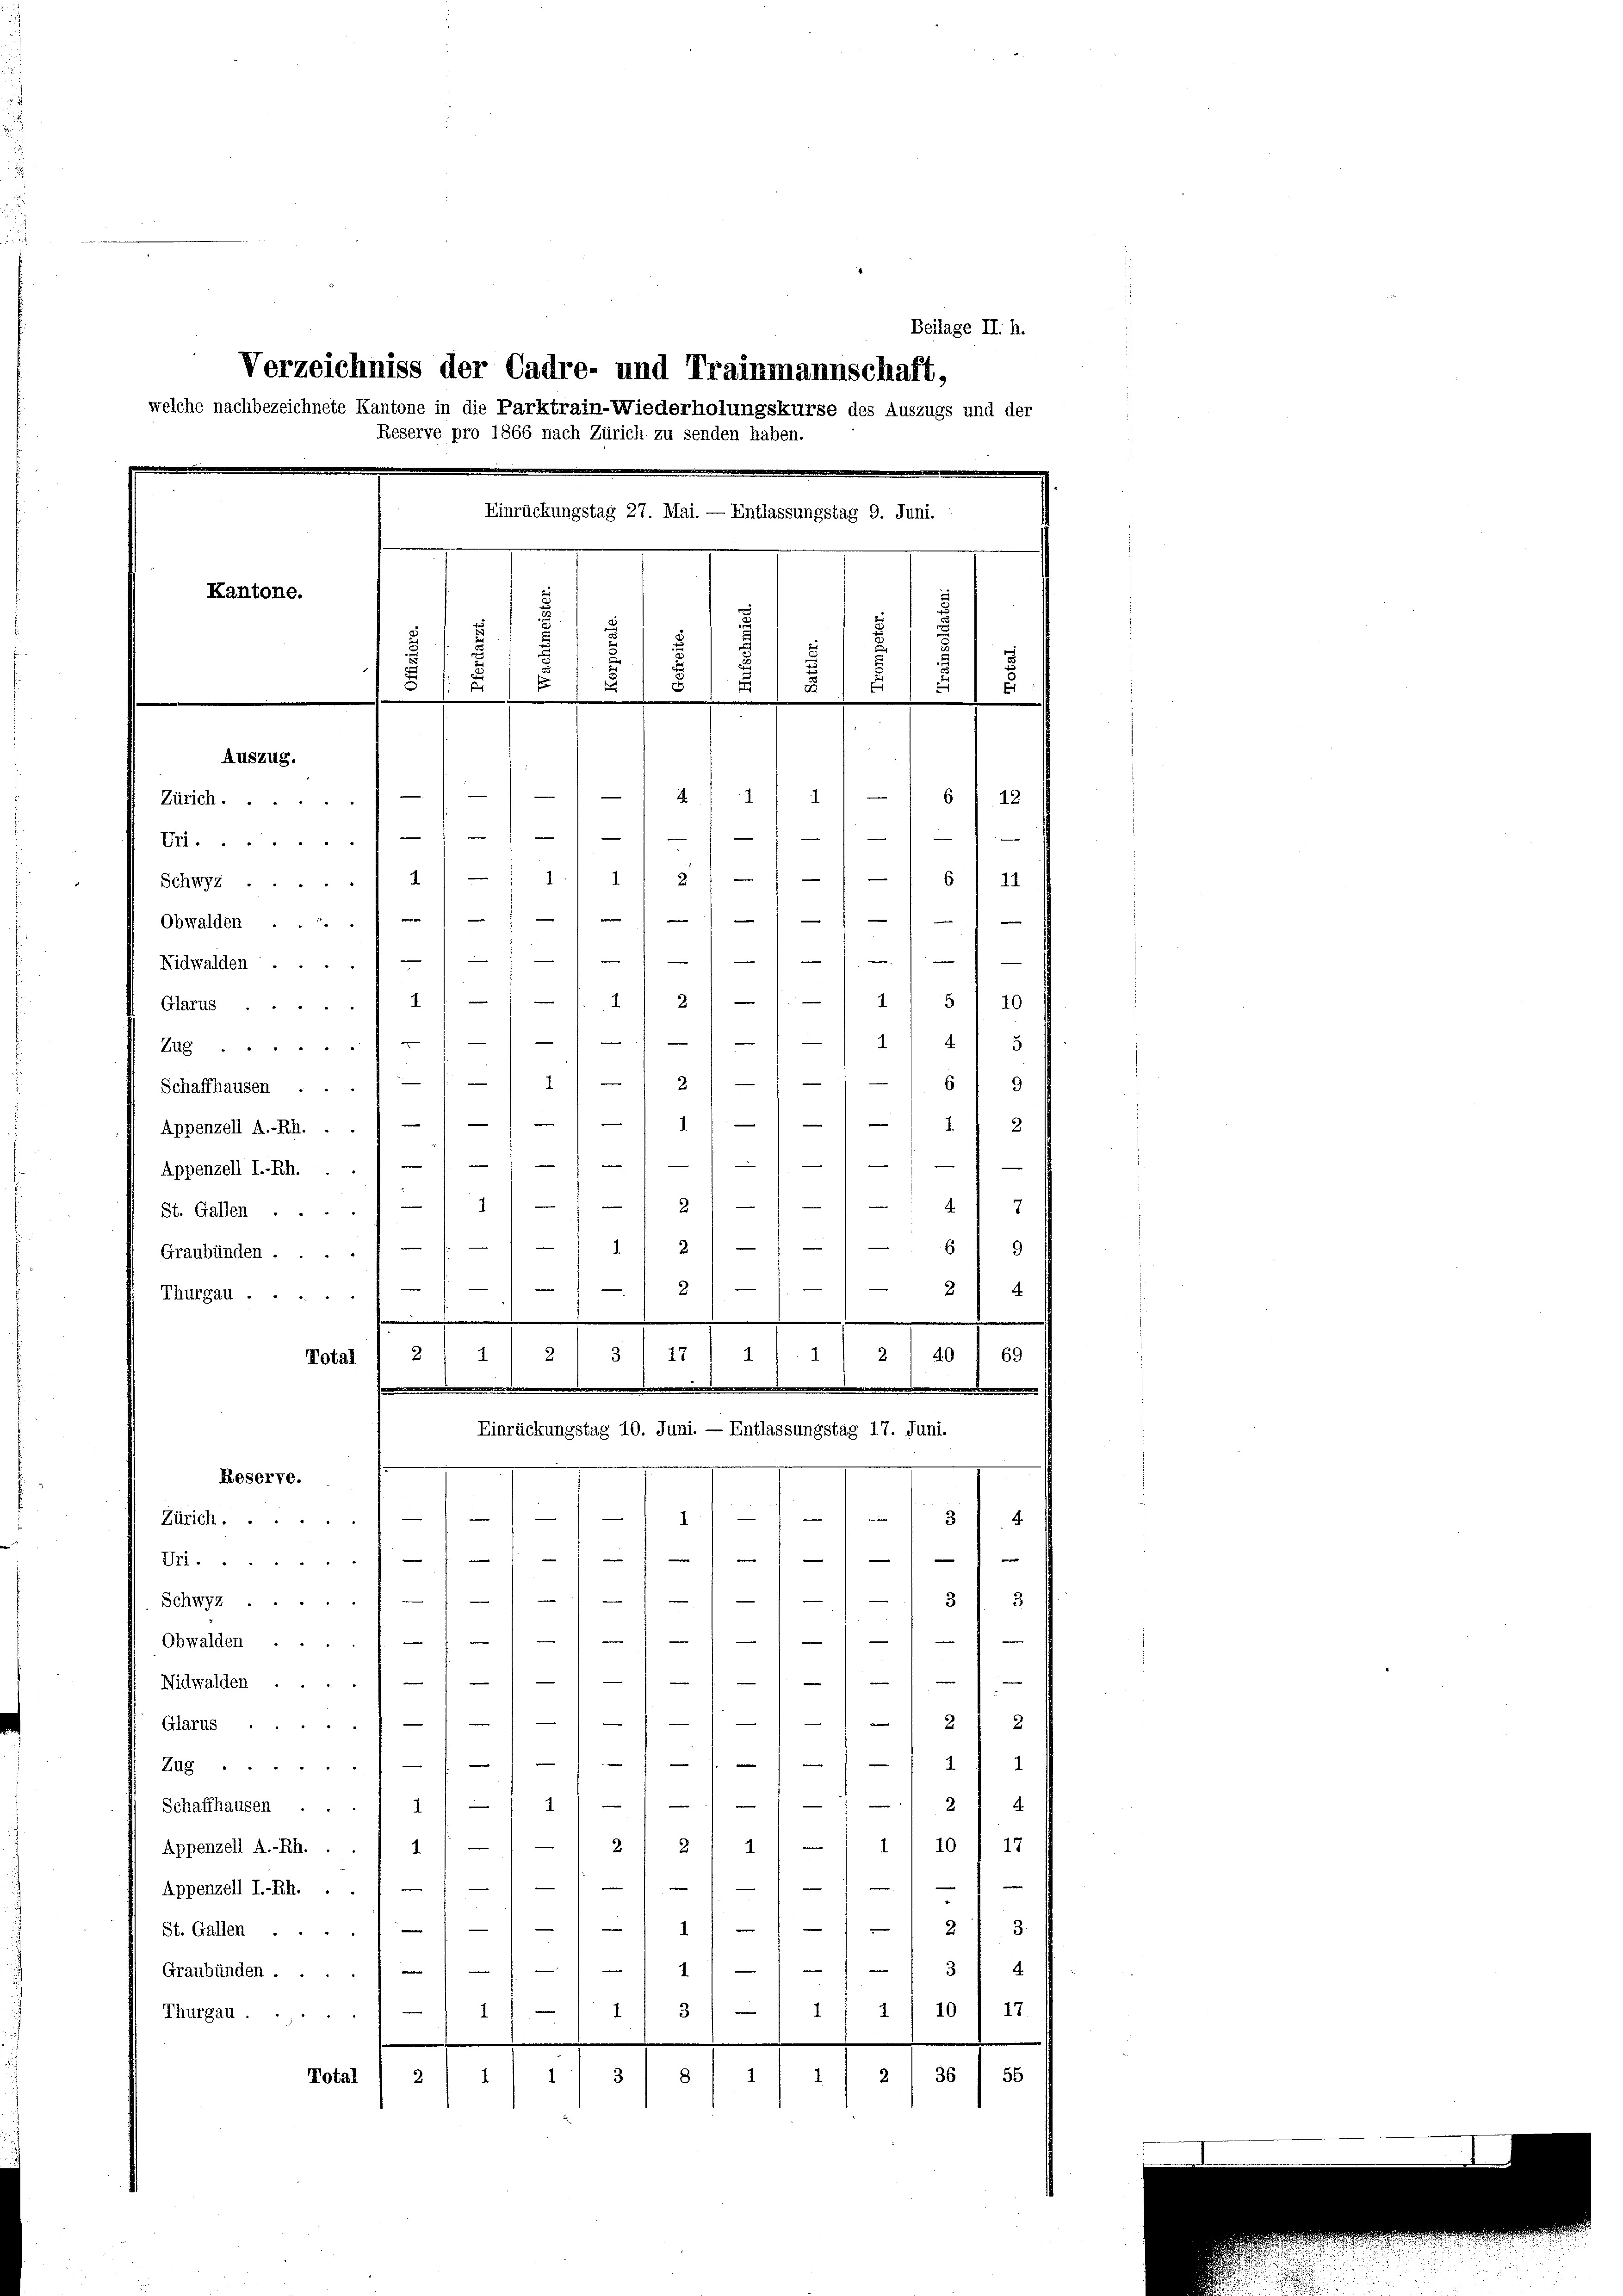
Einrückungstag 27. Mai. — Entlassungstag 9. Juni. :
Kantone.
d
s
s
u
d
s
u
5
8
.
2/2
2
Auszug.
4
44
6
12
Zürich
1
f
.
Uri....
6
1 § 1
11
Schwyz 1
1
e
m
Obwalden .....

Nidwalden
4.
2 / — 1. — 1 1/5 1 10
.
Glarus
2
/1 11 4. / 5
Zug.

Verzeichniss der Cadre- und Trainmannschaft,
welche nachbezeichnete Kantone in die Parktrain-Wiederholungskurse des Auszugs und der
Reserve pro 1866 nach Zürich zu senden haben.

§ 17 / 41. 4

2////6 9

Beilage II. h.

Schaffhausen ...) —
111 2
Appenzell A.-Rh. . .) — / —
11

Appenzell I.-Rh.
12
) 3
St. Gallen ....
69
22
Graubünden ....
.
2
e
24
Thurgau.
.
40
69
1
2
2
2.
Total
Einrückungstag 10. Juni. — Entlassungstag 17. Juni.
Reserve.
e
-
8
1
Zürich.  ..

e
1
—
Uri
33
Schwyz
)
e

Obwalden
¬
Nidwalden ....
e
e
22
Glarus.

1
Zug
e
2
g
Schaffhausen ...
2110 f 12
1 — 1 21 21 1
Appenzell A.-Rh.
e
e
1
Appenzell I.-Rh. . .
e

23
e
St. Gallen.
e
—
1
34
Graubünden .
1/10 / 17
1
1) 3)
1
Thurgau.
i
55
2 1 36
1
Total
8
2
1
1
3
1